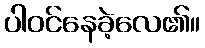
ပါဝင်နေခဲ့လေ၏။